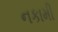
નકામી